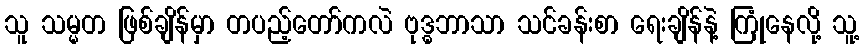
သူ သမ္မတ ဖြစ်ချိန်မှာ တပည့်တော်ကလဲ ဗုဒ္ဓဘာသာ သင်ခန်းစာ ရေးချိန်နဲ့ ကြုံနေလို့ သူ့